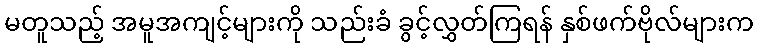
မတူသည့် အမူအကျင့်များကို သည်းခံ ခွင့်လွှတ်ကြရန် နှစ်ဖက်ဗိုလ်များက